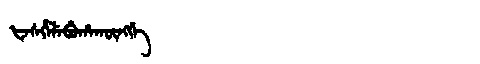
Manchu: ᡶᡝᠰᡥᡝᠯᡝᠪᡠᡥᠠᡴᡡᠩᡤᡝ
Romanization: FESHELEBUHAKŪNGGE